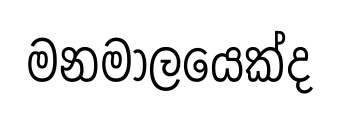
මනමාලයෙක්ද